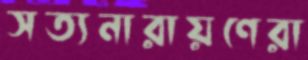
সত্যনারায়ণেরা